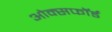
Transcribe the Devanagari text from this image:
ओक्सफॉर्ड